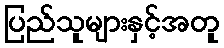
ပြည်သူများနှင့်အတူ